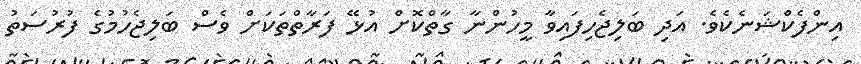
އިންފެކްޝަނެކެވެ. އަދި ބަލިޖެހިފައިވާ މީހުންނާ ގާތްކޮށް އުޅޭ ފަރާތްތަކަށް ވެސް ބަލިޖެހުމުގެ ފުރުސަތު